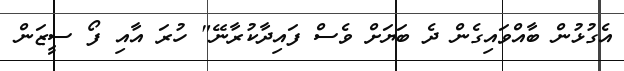
އެގުޅުން ބާއްވައިގެން ދެ ބަޔަށް ވެސް ފައިދާކުރާނޭ" ހުރަ އާއި ފޯ ސީޒަން